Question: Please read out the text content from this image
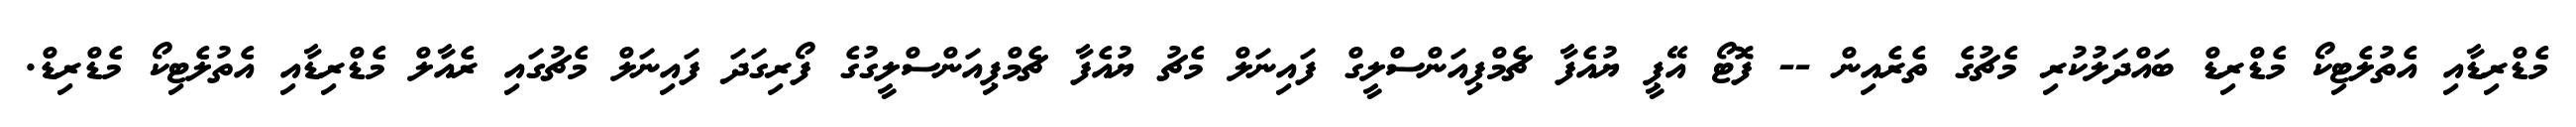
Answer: މެޑްރިޑާއި އެތުލެޓިކޯ މެޑްރިޑް ބައްދަލުކުރި މެޗުގެ ތެރެއިން -- ފޮޓޯ އޭޕީ ޔުއެފާ ޗެމްޕިއަންސްލީގް ފައިނަލް މެޗު ޔުއެފާ ޗެމްޕިއަންސްލީގުގެ ފޯރިގަދަ ފައިނަލް މެޗުގައި ރެއާލް މެޑްރިޑާއި އެތުލެޓިކޯ މެޑްރިޑް.